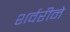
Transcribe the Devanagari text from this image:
शर्वरीने